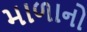
માળાનો